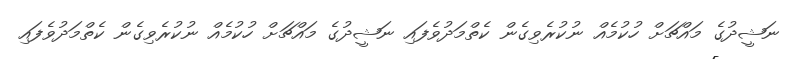
ނަޝީދުގެ މައްޗަށް ހުކުމެއް ނުކުރެވިގެން ކެތްމަދުވެފައި ނަޝީދުގެ މައްޗަށް ހުކުމެއް ނުކުރެވިގެން ކެތްމަދުވެފައި